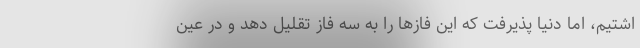
اشتیم، اما دنیا پذیرفت که این فازها را به سه فاز تقلیل دهد و در عین